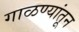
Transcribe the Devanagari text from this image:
गाळण्यांतून